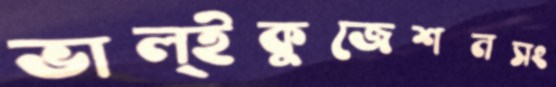
ভাল্ইকুজেশনসং